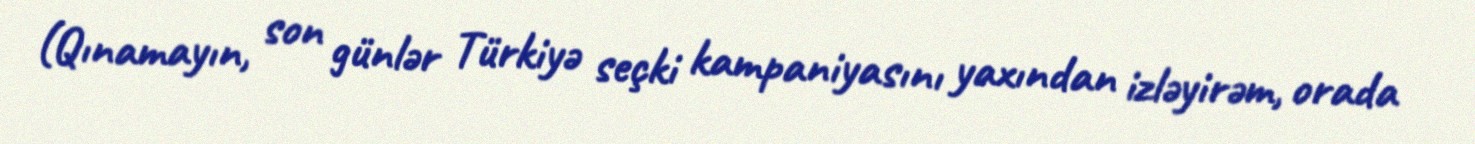
(Qınamayın, son günlər Türkiyə seçki kampaniyasını yaxından izləyirəm, orada